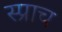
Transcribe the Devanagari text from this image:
स्प्राच